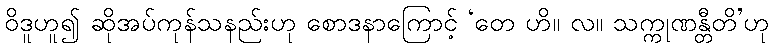
ဝိဒူဟူ၍ ဆိုအပ်ကုန်သနည်းဟု စောဒနာကြောင့် ‘တေ ဟိ။ လ။ သက္ကုဏန္တီတိ’ဟု